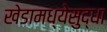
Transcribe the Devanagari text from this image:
खेडामध्येसुद्धा